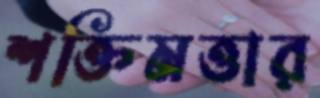
শক্তিমত্তার